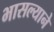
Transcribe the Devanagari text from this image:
भासल्याने